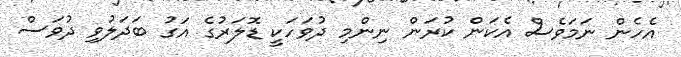
އެހެން ނަމަވެސް އެކަން ކުރަން ނިންމި ދުވަހަކީ ޑޮލަރުގެ އަގު ބަދަލުވި ދުވަސް